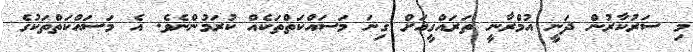
މި ސަރުކާރުން ދަނީ އުމްރާނީ ތަރައްގީއަށް ގިނަ މަސައްކަތްތަކެއް ކުރަމުންނެވެ. އެ މަސައްކަތްތަކުގެ